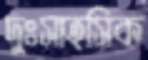
দুঃসাহসিক